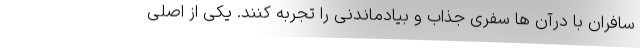
سافران با درآن ها سفری جذاب و بیادماندنی را تجربه کنند. یکی از اصلی